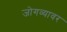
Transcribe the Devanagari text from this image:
जोगव्यावर